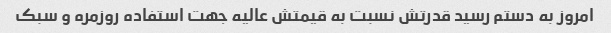
امروز به دستم رسید قدرتش نسبت به قیمتش عالیه جهت استفاده روزمره و سبک